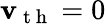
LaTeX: \mathbf{v}_{\mathrm{{~t~h~}}}=0